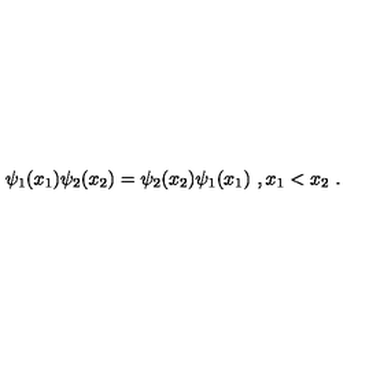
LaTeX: \psi _ { 1 } ( x _ { 1 } ) \psi _ { 2 } ( x _ { 2 } ) = \psi _ { 2 } ( x _ { 2 } ) \psi _ { 1 } ( x _ { 1 } ) \ , x _ { 1 } < x _ { 2 } \ .